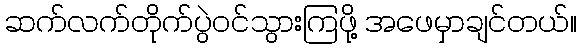
ဆက်လက်တိုက်ပွဲဝင်သွားကြဖို့ အဖေမှာချင်တယ်။